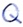
Text: Q